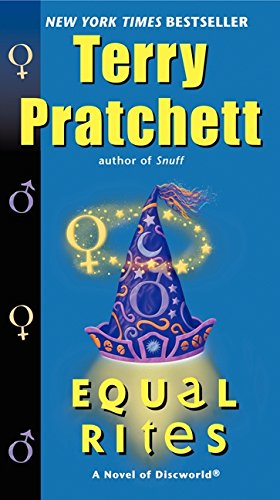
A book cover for Equal Rites (Discworld); Terry Pratchett; Science Fiction & Fantasy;